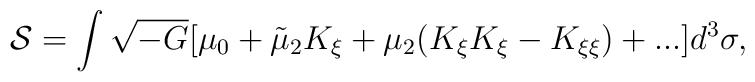
{\cal S}=\int\sqrt{-G}[\mu_0+\tilde{\mu}_2K_\xi+\mu_2(K_\xi K_\xi-K_{\xi\xi})+...]d^3\sigma,